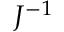
J ^ { - 1 }